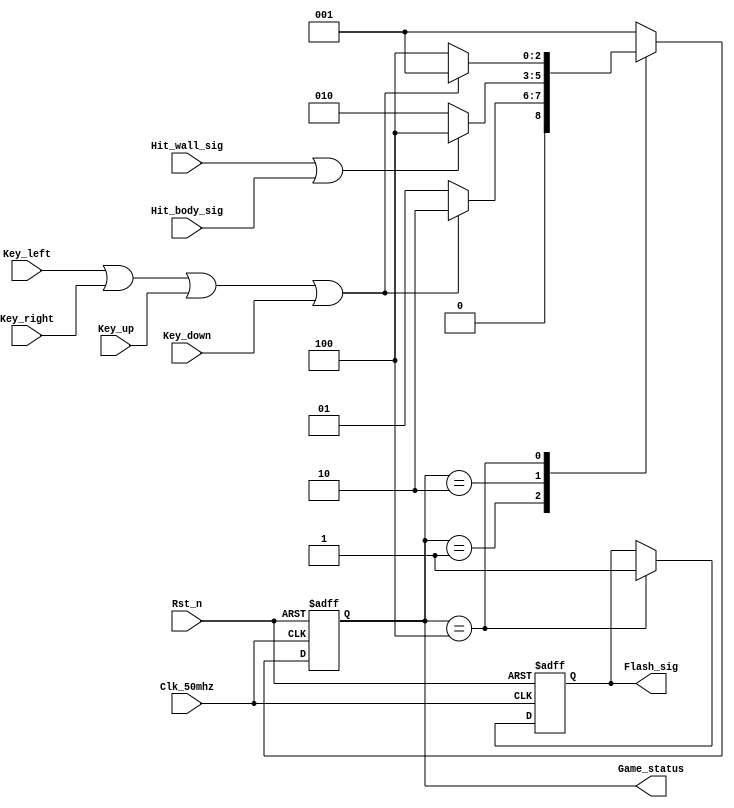
module Game_ctrl_module//,	
(
	input Clk_50mhz,//50MHZ
	input Rst_n,//

	input Key_left,//
	input Key_right,//
	input Key_up,//
	input Key_down,//
	/*	
	input Left,//
	input Right,//
	input Up,//
	input Down,//
	
	*/
	
	output reg  [2:0] Game_status,//3START001PLAY010END100
	
	input Hit_wall_sig,//
	input Hit_body_sig,//
	
	output reg Flash_sig//FLASH
//	output reg Flash_over_sig
//	output reg Restart_sig//
		
);
	//3	
	parameter START = 3'b001;
	parameter  PLAY = 3'b010;
	parameter   END = 3'b100;
	
//	reg [31:0] Count1;//32
//	reg Flash_over_sig;
	
/*	reg [31:0] Count2;
	parameter T200ms = 32'd10_000_000;
	
	always @ (posedge Clk_50mhz or negedge Rst_n)
	begin
		if(!Rst_n)
			Count2 <= 32'd0;
		
		else if(Count2 == T200ms)
				Count2 <= 32'd0;
		else
				Count2 <= Count2 + 32'd1;
	end
	
	
	
	*/
	always @ (posedge Clk_50mhz or negedge Rst_n)
	begin
		if(!Rst_n)
		begin
			Game_status <= START;;//START
	//		Count1 <= 32'd0;//
			Flash_sig <= 1'd1;
			
	//		Flash_over_sig <= 1'b0;
		end
		else
		begin
			Game_status <= START;
			case(Game_status)//
				START://STARTPLAY
					  
					  
							begin	
								if(Key_left | Key_right | Key_up | Key_down)
								begin		
									Game_status <= PLAY;
						/*			Key_left <= 1'd0;
									Key_right <= 1'd0;
									Key_up <= 1'd0;
									Key_down <= 1'd0;*/
								end
								else
									Game_status <= START;//
								//	Game_status <= END;
							end
					 
	
				PLAY://PLAYEND
						begin
							if(Hit_wall_sig | Hit_body_sig)
							begin		
					/*			if(Count1 <= 32'd200_000_000)
								begin
									
									Count1 <= Count1 + 32'd1;
									if(Count1 == 32'd25_000_000)//0.5S50M
										Flash_sig <= 1'b0;//0
									else if(Count1 == 32'd50_000_000)//1.0S
										Flash_sig <= 1'b1;//1
									else if(Count1 == 32'd75_000_000)//
										Flash_sig <= 1'b0;
									else if(Count1 == 32'd100_000_000)
										Flash_sig <= 1'b1;
									else if(Count1 == 32'd125_000_000)
										Flash_sig <= 1'b0;
									else if(Count1 == 32'd150_000_000)
											begin
												Flash_sig <= 1'b1;
												Flash_over_sig <= 1'b1;
												Count1 <= 32'd0;
											end
									end */
								Game_status <= END;
								
							end
							else
								Game_status <= PLAY;
						end
		/*************************************/
	
				END://END
					begin
						
						if(Key_left | Key_right | Key_up | Key_down)
						begin
							Game_status <= START;
						//	Game_status <= END;
							Flash_sig <= 1'd1;//
			//				Flash_over_sig <= 1'b0;
			//				Count1 <= 32'd0;
						end
			/*			else if(Count1 <= 32'd200_000_000)
						begin
						   
							Count1 <= Count1 + 32'd1;
							if(Count1 == 32'd25_000_000)//0.5S50M
								Flash_sig <= 1'b0;//0
							else if(Count1 == 32'd50_000_000)//1.0S
								Flash_sig <= 1'b1;//1
							else if(Count1 == 32'd75_000_000)//
								Flash_sig <= 1'b0;
							else if(Count1 == 32'd100_000_000)
								Flash_sig <= 1'b1;
							else if(Count1 == 32'd125_000_000)
								Flash_sig <= 1'b0;
							else if(Count1 == 32'd150_000_000)
									begin
										Flash_sig <= 1'b1;
										Flash_over_sig <= 1'b1;
									end
						end */
						else
						begin
							Game_status <= END;
							Flash_sig <= 1'd1;//
			//				Flash_over_sig <= 1'b0;
					//		Count1 <= 32'd0;
						end		
					end
			endcase
		end
	end
	
	endmodule